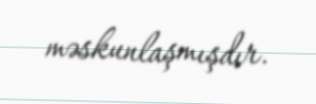
məskunlaşmışdır.